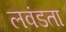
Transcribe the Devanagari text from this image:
लवंडता